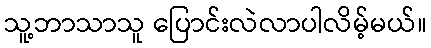
သူ့ဘာသာသူ ပြောင်းလဲလာပါလိမ့်မယ်။